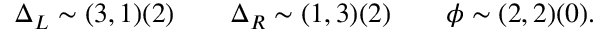
\Delta _ { L } \sim ( 3 , 1 ) ( 2 ) \qquad \Delta _ { R } \sim ( 1 , 3 ) ( 2 ) \qquad \phi \sim ( 2 , 2 ) ( 0 ) .